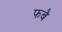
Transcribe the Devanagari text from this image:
फबै